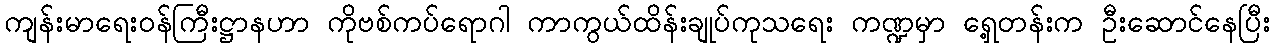
ကျန်းမာရေးဝန်ကြီးဋ္ဌာနဟာ ကိုဗစ်ကပ်ရောဂါ ကာကွယ်ထိန်းချုပ်ကုသရေး ကဏ္ဍမှာ ရှေ့တန်းက ဦးဆောင်နေပြီး